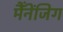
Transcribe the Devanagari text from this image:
मैँनेंजिग